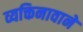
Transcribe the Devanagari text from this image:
व्यक्तिनावाने